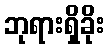
ဘုရားရှိခိုး